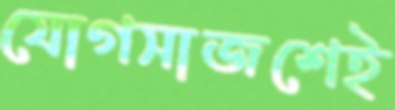
যোগসাজশেই